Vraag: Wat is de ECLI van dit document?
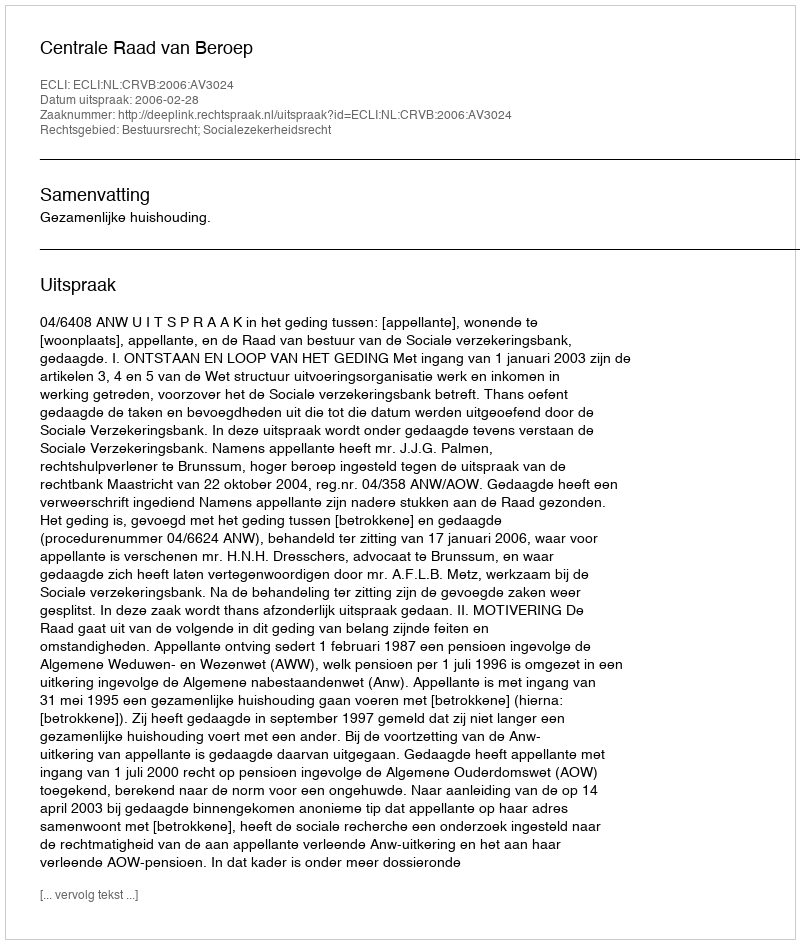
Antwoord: ECLI:NL:CRVB:2006:AV3024